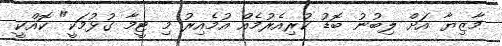
މާޒިޔާ އަށް ލިބުނު ބޮޑު ކުރިއެރުމެއް އުމެއިރު މި ޓީމާ ގުޅުމަކީ" ކޮއްކީ